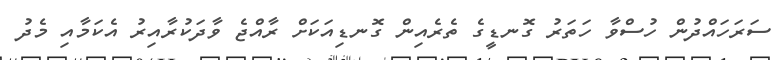
ސަރަހައްދުން ހުސްވާ ހަތަރު ގޮނޑީގެ ތެރެއިން ގޮނޑިއަކަށް ރާއްޖެ ވާދަކުރާއިރު އެކަމާއި މެދު